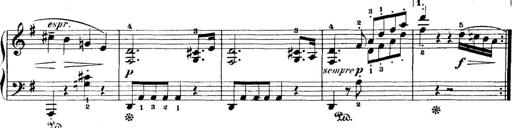
Title: 5 Sonatinas
Composer: Theodor Kirchner